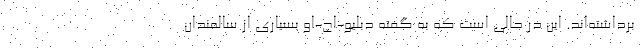
برداشته‌اند. این در حالی است که به گفته دبلیو-اچ-او بسیاری از سالمندان